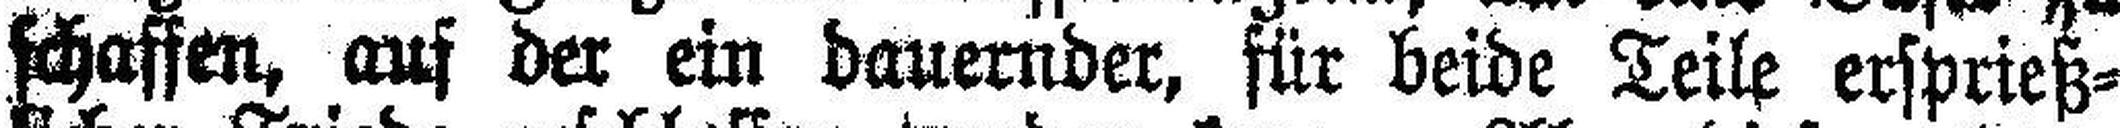
schassen, aus der ein dauernder, für beide Teile ersprieß¬